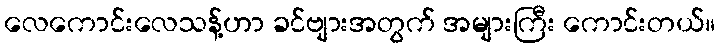
လေကောင်းလေသန့်ဟာ ခင်ဗျားအတွက် အများကြီး ကောင်းတယ်။